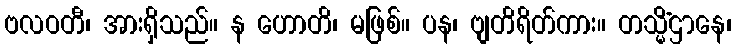
ဗလဝတီ၊ အားရှိသည်။ န ဟောတိ၊ မဖြစ်။ ပန၊ ဗျတိရိတ်ကား။ တသ္မိံဌာနေ၊